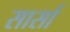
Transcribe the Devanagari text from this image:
सार्सा